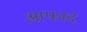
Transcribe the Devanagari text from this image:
आफाद